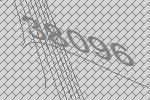
38096